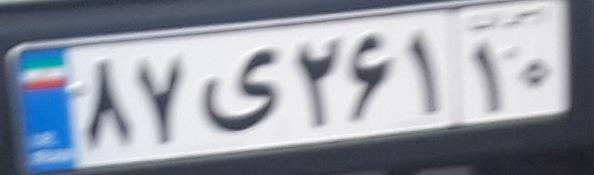
۸۷ی۲۶۱۱۰